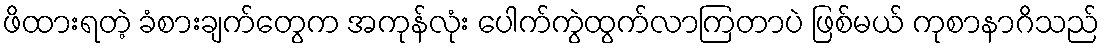
ဖိထားရတဲ့ ခံစားချက်တွေက အကုန်လုံး ပေါက်ကွဲထွက်လာကြတာပဲ ဖြစ်မယ် ကုစာနာဂိသည်